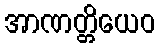
အာဏတ္တိယေဝ